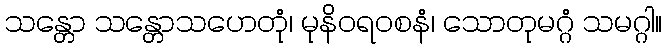
သန္တော သန္တောသဟေတုံ၊ မုနိဝရ၀စနံ၊ သောတုမဂ္ဂံ သမဂ္ဂါ။